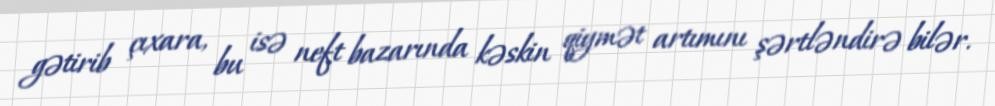
gətirib çıxara, bu isə neft bazarında kəskin qiymət artımını şərtləndirə bilər.